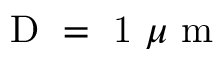
\mathrm { ~ D ~ = ~ 1 ~ } \mu \mathrm { ~ m ~ }